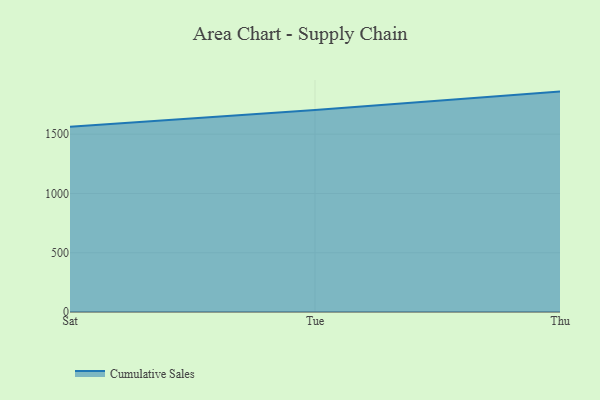
{"axis": {"x": "Day", "y": "Demand Index"}, "legend": ["Cumulative Sales"], "data": [{"x": "Sat", "y": 1562.5, "type": "Cumulative Sales"}, {"x": "Tue", "y": 1704.5, "type": "Cumulative Sales"}, {"x": "Thu", "y": 1859.4, "type": "Cumulative Sales"}]}